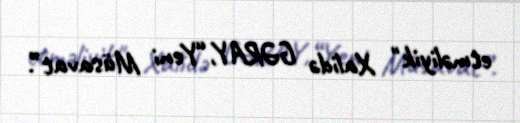
etməliyik" Xalidə GƏRAY,“Yeni Müsavat”.